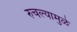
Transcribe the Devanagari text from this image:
रुचल्यामुळे